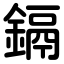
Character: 鎘